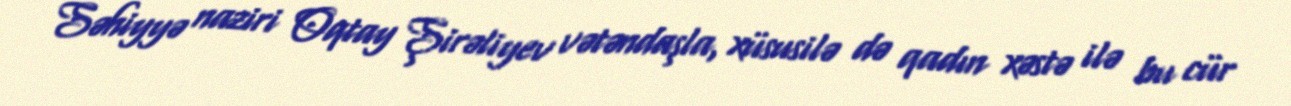
Səhiyyə naziri Oqtay Şirəliyev vətəndaşla, xüsusilə də qadın xəstə ilə bu cür